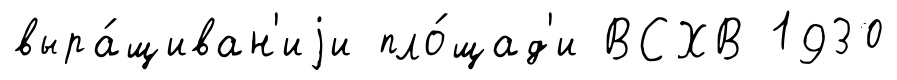
выра́щиван'иjи пло́щад'и ВСХВ 1930